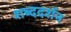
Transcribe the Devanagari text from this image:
शब्ददर्शन